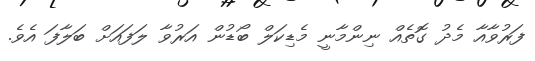
ފަރުވާއާ މެދު ގޮތެއް ނިންމާނީ މެޑިކަލް ބޯޑުން އަރުވާ ލަފައަށް ބަލާފަ އެވެ.